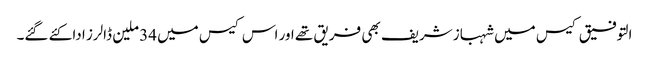
التوفیق کیس میں شہباز شریف بھی فریق تھے اور اس کیس میں 34 ملین ڈالرز ادا کئے گئے۔